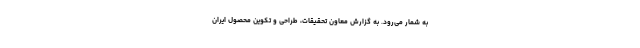
به شمار می‌رود. به گزارش معاون تحقیقات، طراحی و تکوین محصول ایران